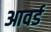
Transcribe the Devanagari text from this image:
आवर्ड